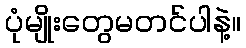
ပုံမျိုးတွေမတင်ပါနဲ့။